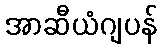
အာဆီယံဂျပန်